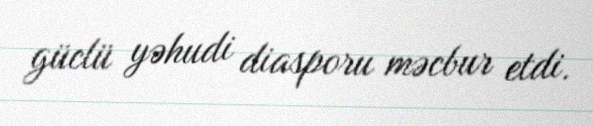
güclü yəhudi diasporu məcbur etdi.